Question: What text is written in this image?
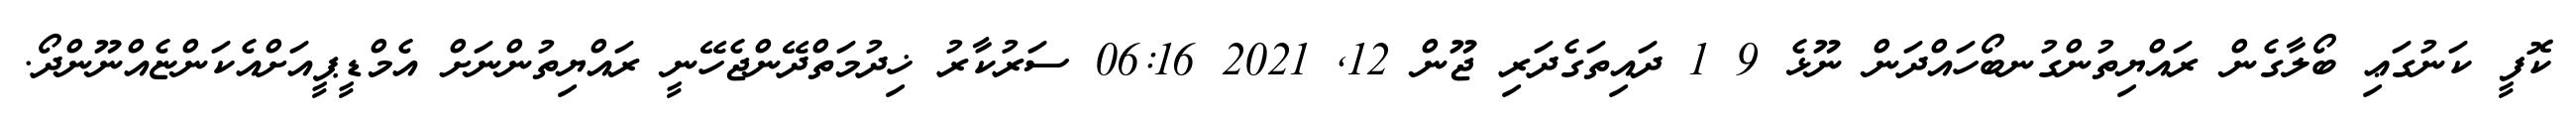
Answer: ކޮފީ ކަނުގަޢި ބޯލާގެން ރައްޔިތުންގުނބޯހައްދަން ނޫޅެ 9 1 ދައިތަގެދަރި ޖޫން 12, 2021 06:16 ސަރުކާރު ޚިދުމަތްދޭންޖެހޭނީ ރައްޔިތުންނަށް އެމްޑީޕީއަށްއެކަންޏެއްނޫންދޯ.